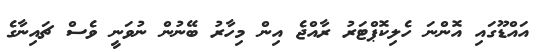
އައްޑޫގައި އޮންނަ ހެލިކޮޕްޓަރު ރާއްޖެ އިން މިހާރު ބޭނުން ނުވަނީ ވެސް ޗައިނާގެ